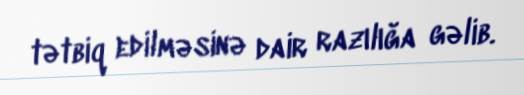
tətbiq edilməsinə dair razılığa gəlib.